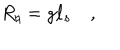
R _ { \natural } = g \ell _ { s } \quad ,